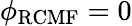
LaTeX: \phi_{\mathrm{RCMF}}=0